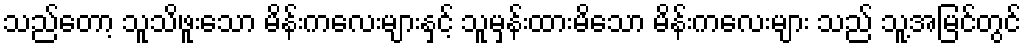
သည်တော့ သူသိဖူးသော မိန်းကလေးများနှင့် သူမှန်းထားမိသော မိန်းကလေးများ သည် သူ့အမြင်တွင်